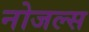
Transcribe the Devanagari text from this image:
नोजल्स